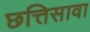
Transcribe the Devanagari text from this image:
छत्तिसावा